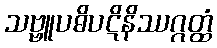
သဗ္ဗူပဓိပဋိနိဿဂ္ဂတ္ထံ